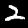
Label: 2